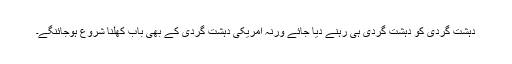
دہشت گردی کو دہشت گردی ہی رہنے دیا جائے ورنہ امریکی دہشت گردی کے بھی باب کھلنا شروع ہوجائنگے۔